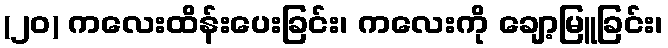
(၂၀) ကလေးထိန်းပေးခြင်း၊ ကလေးကို ချော့မြူခြင်း၊